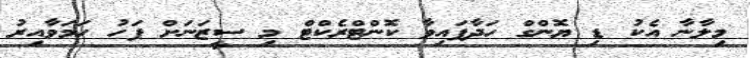
މިލާނާ އެކު ޑި ޔޮންގް ހަދާފައިވާ ކޮންޓްރެކްޓް މި ސީޒަނަށް ފަހު ހަމަވާއިރު